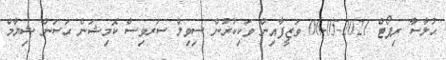
ޙުލާސާ ރިޕޯޓް 2021-05-06 ވަޒީފާއިން ވަކިކުރުން ސިވިލް ސަރވިސް ކޮމިޝަން ޙަސަން ޝިޔާމް